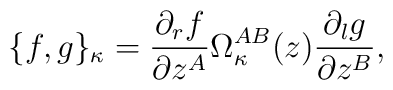
\{ f, g \}_{\kappa} = \frac{\partial_r f}{\partial z^A}\Omega^{AB}_{\kappa}(z)\frac{\partial_l g}{\partial z^B} ,